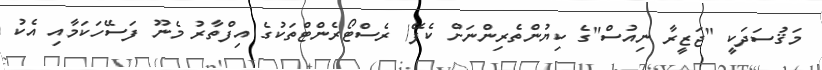
މަޤުސަދަކީ "ޖަޒީރާ ނިއުސް"ގެ ކިޔުންތެރިންނަށް ކެފޭ/ ރެސްޓޯރެންޓްތަކުގެ އިފްތާރު މެނޫ ފަސޭހަކަމާއި އެކު